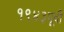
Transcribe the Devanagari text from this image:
१९४३पूर्वी